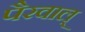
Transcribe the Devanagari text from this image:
पैरवाल्